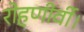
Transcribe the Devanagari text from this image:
रोहणीर्वी।